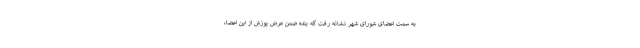
به سمت اعضای شورای شهر نشانه رفت که بنده ضمن عرض پوزش از این اعضا،